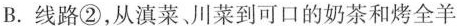
B.线路②，从滇菜、川菜到可口的奶茶和烤全羊